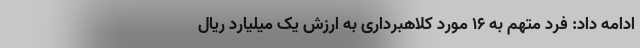
ادامه داد: فرد متهم به ۱۶ مورد کلاهبرداری به ارزش یک میلیارد ریال